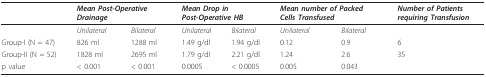
<table><thead><tr><td></td><td colspan="2"><b><i>Mean Post-Operative Drainage</i></b></td><td colspan="2"><b><i>Mean Drop in Post-Operative HB</i></b></td><td colspan="2"><b><i>Mean number of Packed Cells Transfused</i></b></td><td><b><i>Number of Patients requiring Transfusion</i></b></td></tr></thead><tbody><tr><td></td><td><i>Unilateral</i></td><td><i>Bilateral</i></td><td><i>Unilateral</i></td><td><i>Bilateral</i></td><td><i>Unilateral</i></td><td><i>Bilateral</i></td><td></td></tr><tr><td>Group-I (N = 47)</td><td>826 ml</td><td>1288 ml</td><td>1.49 g/dl</td><td>1.94 g/dl</td><td>0.12</td><td>0.9</td><td>6</td></tr><tr><td>Group-II (N = 52)</td><td>1828 ml</td><td>2695 ml</td><td>1.79 g/dl</td><td>2.21 g/dl</td><td>1.24</td><td>2.6</td><td>35</td></tr><tr><td>p value</td><td>&lt; 0.001</td><td>&lt; 0.001</td><td>0.0005</td><td>&lt; 0.0005</td><td>0.005</td><td>0.043</td><td></td></tr></tbody></table>